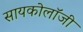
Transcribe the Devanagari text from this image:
सायकोलॉजी